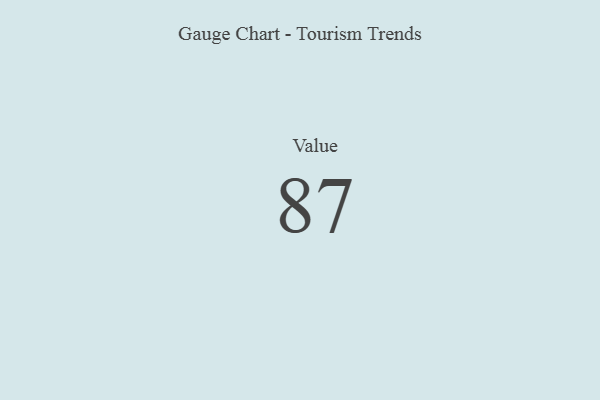
{"axis": {"x": "Metric", "y": "Value"}, "legend": [""], "data": [{"x": "Value", "y": 87, "type": ""}]}